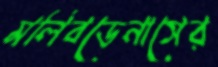
মলিবডেনাসের